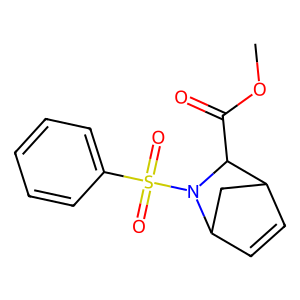
SMILES: COC(=O)C1C2C=CC(C2)N1S(=O)(=O)c1ccccc1
Inhibits HIV replication: No